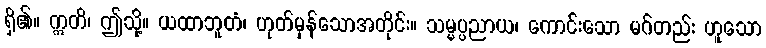
ရှိ၏။ ဣတိ၊ ဤသို့။ ယထာဘူတံ၊ ဟုတ်မှန်သောအတိုင်း။ သမ္မပ္ပညာယ၊ ကောင်းသော မဂ်တည်း ဟူသော